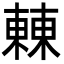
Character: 㯥